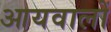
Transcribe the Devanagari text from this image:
आयवालों